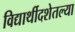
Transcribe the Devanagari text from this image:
विद्यार्थीदशेतल्या